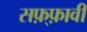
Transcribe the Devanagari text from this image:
सफ़्फ़ावी